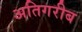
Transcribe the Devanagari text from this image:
अतिगरीब